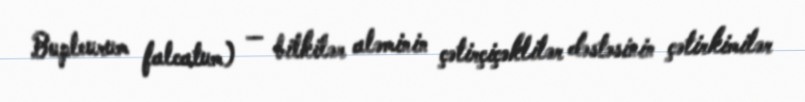
Bupleurum falcatum) — bitkilər aləminin çətirçiçəklilər dəstəsinin çətirkimilər